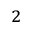
_ 2